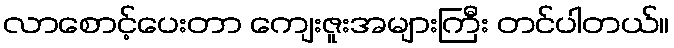
လာစောင့်ပေးတာ ကျေးဇူးအများကြီး တင်ပါတယ်။